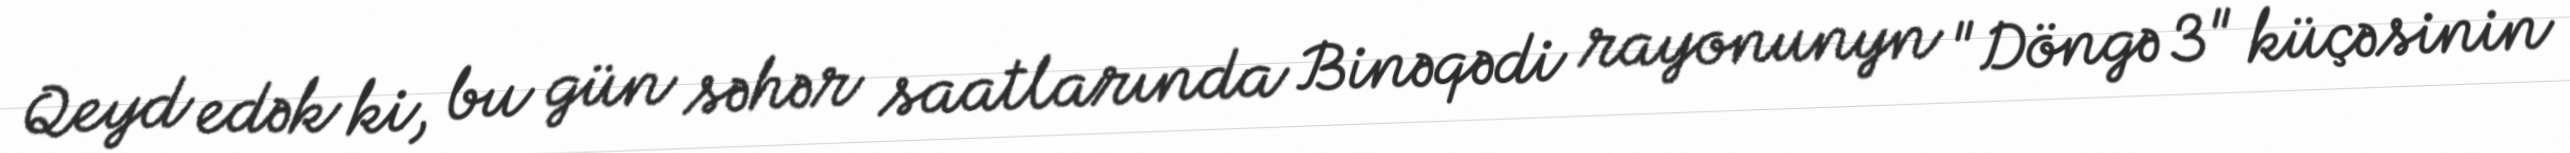
Qeyd edək ki, bu gün səhər saatlarında Binəqədi rayonunyn "Döngə 3" küçəsinin